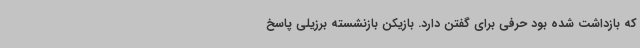
که بازداشت شده بود حرفی برای گفتن دارد. بازیکن بازنشسته برزیلی پاسخ